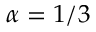
\alpha = 1 / 3